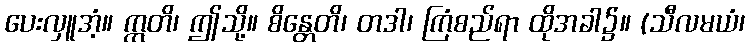
ပေးလှူအံ့။ ဣတိ၊ ဤသို့။ စိန္တေတိ၊ တဒါ၊ ကြံစည်ရာ ထိုအခါ၌။ (သီလမယံ၊